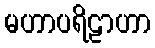
မဟာပရိဠာဟာ